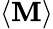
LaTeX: \langle\mathbf{M}\rangle